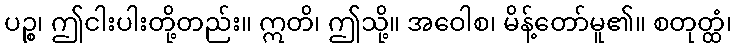
ပဉ္စ၊ ဤငါးပါးတို့တည်း။ ဣတိ၊ ဤသို့။ အဝေါစ၊ မိန့်တော်မူ၏။ စတုတ္ထံ၊